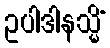
ဥပါဒါနသ္မိံ